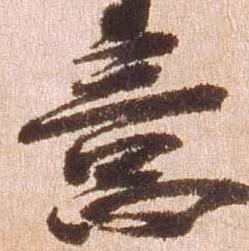
意